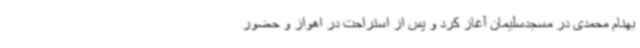
بهنام محمدی در مسجدسلیمان آغاز کرد و پس از استراحت در اهواز و حضور